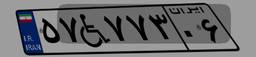
۵۷W۷۷۳۰۶